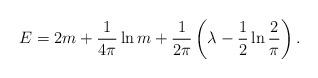
LaTeX: \begin{align*}E = 2m + \frac{1}{4\pi} \ln m + \frac{1}{2\pi} \left(\lambda -\frac{1}{2} \ln\frac{2}{\pi} \right). \end{align*}